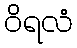
ဝိရလံ